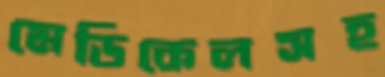
মেডিকেলসহ